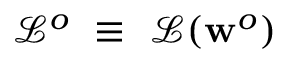
\mathcal { L } ^ { o } ~ \equiv ~ \mathcal { L } ( \mathbf { w } ^ { o } )